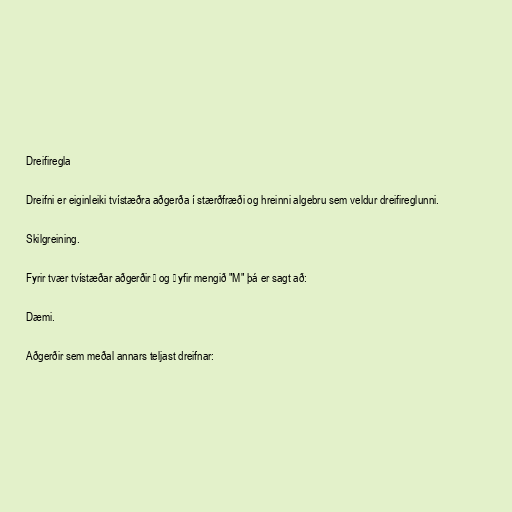
Dreifiregla

Dreifni er eiginleiki tvístæðra aðgerða í stærðfræði og hreinni algebru sem veldur dreifireglunni.

Skilgreining.

Fyrir tvær tvístæðar aðgerðir ⊙ og ⊕ yfir mengið "M" þá er sagt að:

Dæmi.

Aðgerðir sem meðal annars teljast dreifnar: